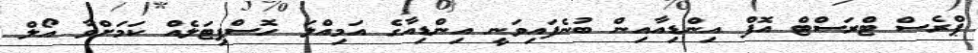
ޕްރެސް ޓްރަސްޓް އޮފް އިންޑިއާއިން ބުނެފައިވަނީ އިންޑިއާގެ އަމިއްލަ ހޮސްޕިޓަލެއް ކަމަށްވާ އޯލް